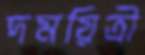
দময়িত্রী